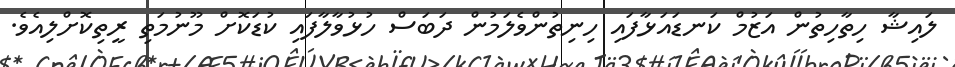
ލައިޝާ ހިތާހިތުން އަޒުމް ކަނޑައަޅާފައި ހިނިތުންވެލަމުން ދަބަސް ހުޅުވާލާފައި ކުޑަކޮށް މޫނުމަތި ރީތިކޮށްލިއެވެ.